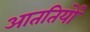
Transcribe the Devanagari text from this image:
आततियों